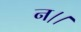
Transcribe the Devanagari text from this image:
न।।